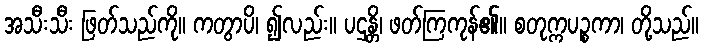
အသီးသီး ဖြတ်သည်ကို။ ကတွာပိ၊ ၍လည်း။ ပဌန္တိ၊ ဖတ်ကြကုန်၏။ စတုက္ကပဉ္စကာ၊ တို့သည်။